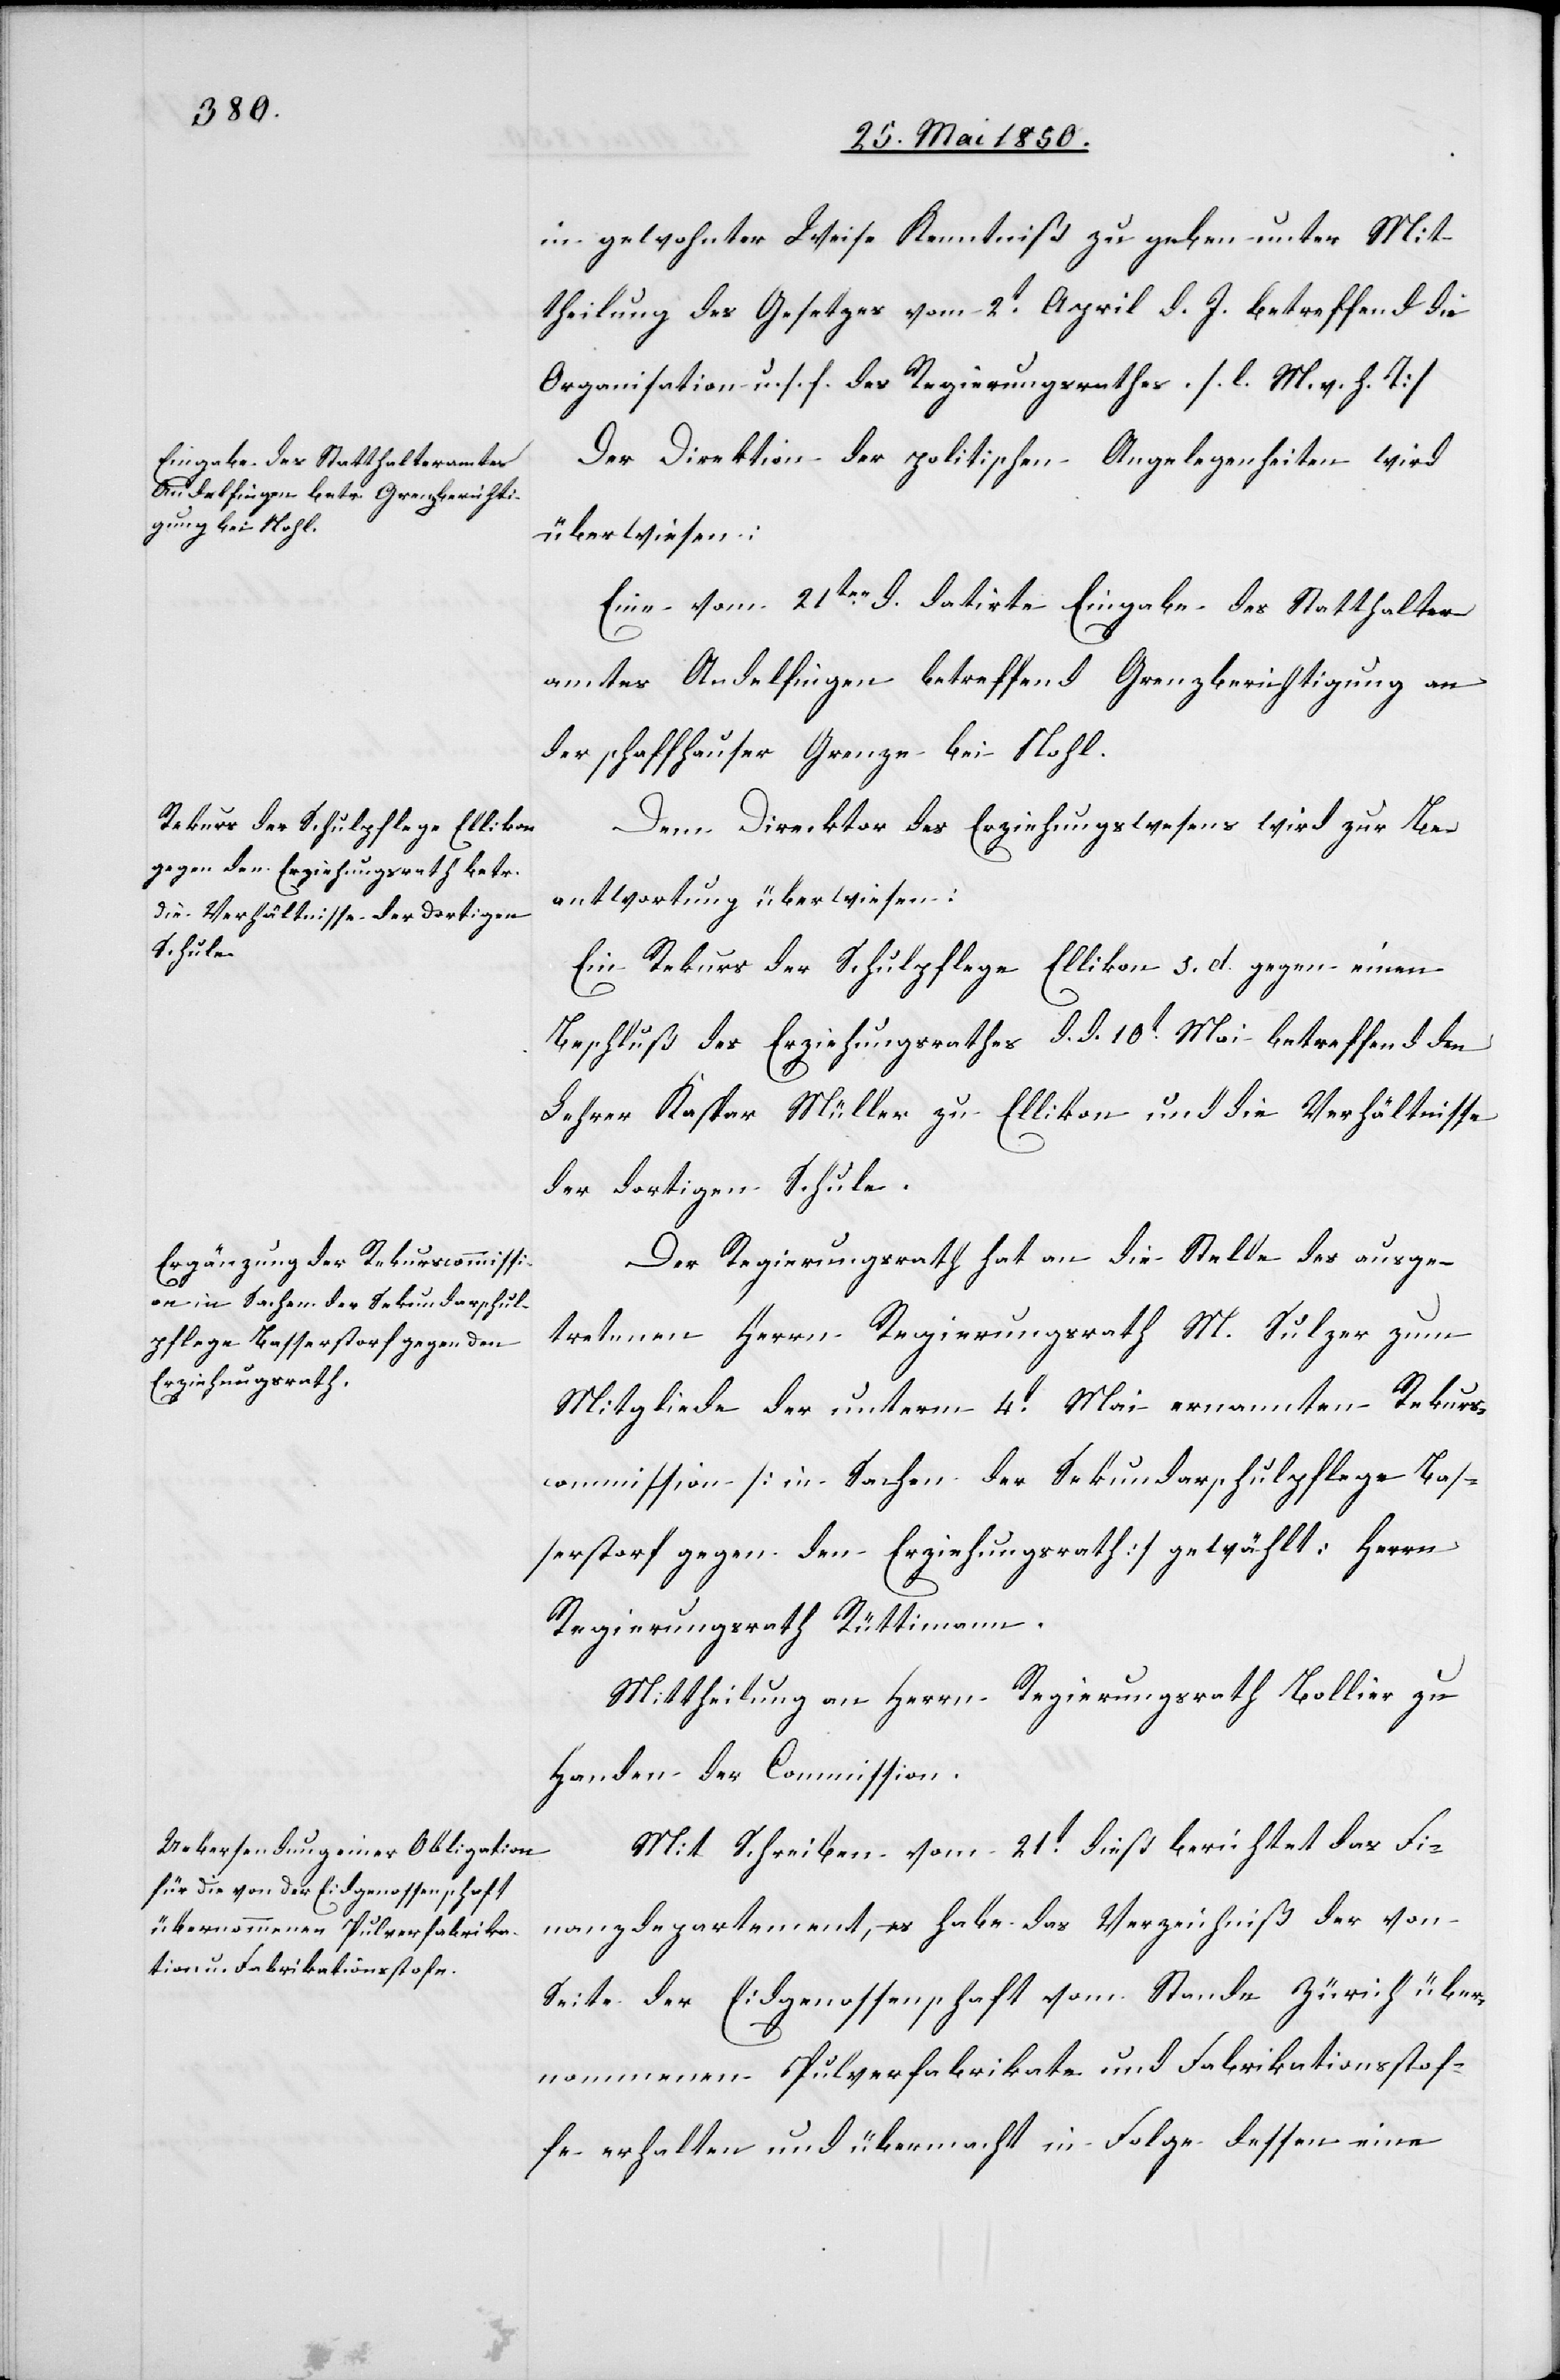
in gewohnter Weise Kenntniß zu geben unter Mit¬
theilung des Gesetzes vom 2t April d. J. betreffend die
Organisation u. s. f. des Regierungsrathes. [l. M. v. h. T]
Der Direktion der politischen Angelegenheiten wird
überwiesen:
Eine vom 21ten d. datirte Eingabe des Statthalter¬
amtes Andelfingen betreffend Grenzberichtigung an
der schaffhauser Grenze bei Nohl.
Dem Direcktor des Erziehungswesens wird zur Be¬
antwortung überwiesen:
Ein Rekurs der Schulpflege Ellikon s. d. gegen einen
Beschluß des Erziehungsrathes d. d. 10t Mai betreffend den
Lehrer Kaspar Müller zu Ellikon und die Verhältnisse
der dortigen Schule.
Der Regierungsrath hat an die Stelle des ausge¬
tretenen Herrn Regierungsrath M. Sulzer zum
Mitgliede der unterm 4t Mai ernannten Rekurs¬
commission [in Sachen der Sekundarschulpflege Bas¬
serstorf gegen den Erziehungsrath] gewählt: Herrn
Regierungsrath Rüttimann.
Mittheilung an Herr Regierungsrath Bollier zu
Handen der Commission.
Mit Schreiben vom 21t dieß berichtet das Fi¬
nanzdepartement, es habe das Verzeichniß der von
Seite der Eidgenossenschaft vom Stande Zürich über¬
nommenen Pulverfabrikate und Fabrikationsstof¬
fe erhalten und übermacht in Folge dessen eine